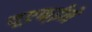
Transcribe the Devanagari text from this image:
यूएफ्ईने